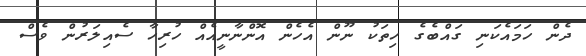
ދެން ހަމައެކަނި ގައްބެގެ ހިތަކު ނޫން އެހެން އޮންނާނީއެއް ހުރިހާ ސެއިލަރުން ވެސް